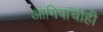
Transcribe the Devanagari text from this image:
आमिषांचीही